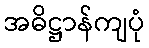
အဓိဋ္ဌာန်ကျပုံ